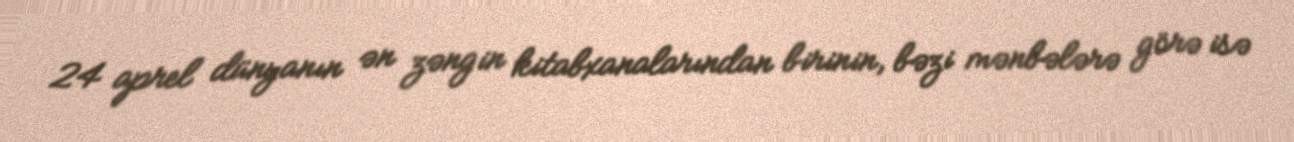
24 aprel dünyanın ən zəngin kitabxanalarından birinin, bəzi mənbələrə görə isə